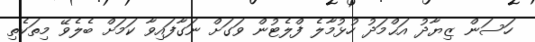
ހަސަން ޒިޔާދު އަޙްމަދު ހުޅުމާލެ ފްލެޓުން ވަގަށް ނަގާފައިވާ ކަމަށް ބެލެވޭ މިތަކެތި